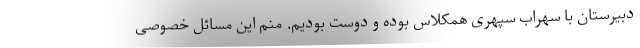
دبیرستان با سهراب سپهری همکلاس بوده و دوست بودیم. منم این مسائل خصوصی